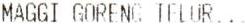
MAGGI GORENG TELUR...